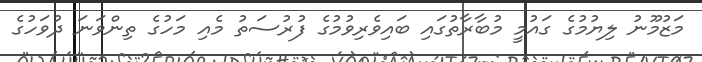
މަޒުމޫނު ލިޔުމުގެ ގައުމީ މުބާރާތުގައި ބައިވެރިވުމުގެ ފުރުސަތު މެއި މަހުގެ ތިންވަނަ ދުވަހުގެ